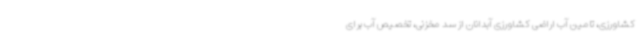
کشاورزی، تامین آب اراضی کشاورزی آبدانان از سد مخزنی، تخصیص آب برای